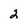
Character: 2